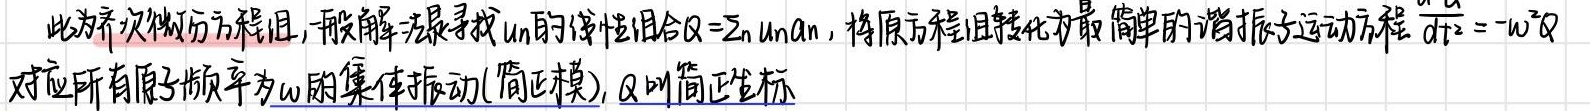
此为齐次微分方程组，一般解法是寻找\(u_n\)的线性组合\(Q=\sum_n u_n a_n\)，将原方程组转化为最简单的谐振子运动方程\(\frac{d^2Q}{dt^2}=-\omega^2Q\)。对应所有原子频率为\(\omega\)的集体振动(简正模)，\(Q\)叫简正坐标